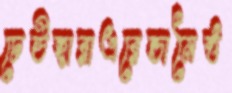
ঢেউহারাএরেন্ডানৈষ্ঠ